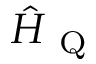
\hat { H } _ { \mathrm { ~ Q ~ } }